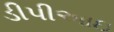
ડીપીઆઇ